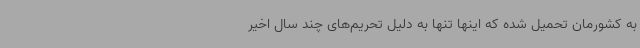
به کشورمان تحمیل شده که اینها تنها به دلیل تحریم‌های چند سال اخیر